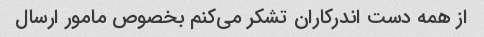
از همه دست اندرکاران تشکر می‌کنم بخصوص مامور ارسال